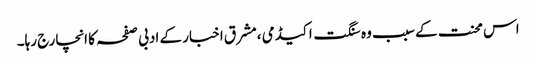
اس محنت کے سبب وہ سنگت اکیڈمی ،مشرق اخبار کے ادبی صفحہ کا انچارج رہا۔